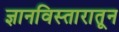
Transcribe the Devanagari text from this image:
ज्ञानविस्तारातून